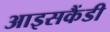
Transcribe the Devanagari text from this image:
आइसकैंडी